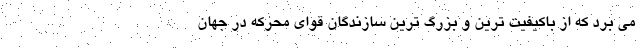
می برد که از باکیفیت ترین و بزرگ ترین سازندگان قوای محرکه در جهان